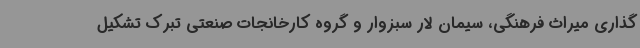
گذاری میراث فرهنگی، سیمان لار سبزوار و گروه کارخانجات صنعتی تبرک تشکیل